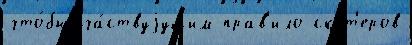
что́бы уча́ствуjущим прав'ило скут'еров